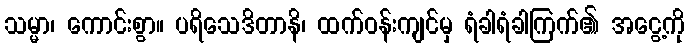
သမ္မာ၊ ကောင်းစွာ။ ပရိသေဒိတာနိ၊ ထက်ဝန်းကျင်မှ ရံခါရံခါကြက်၏ အငွေ့ကို